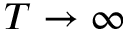
T \to \infty